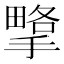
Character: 㨼